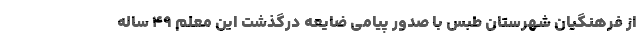
از فرهنگیان شهرستان طبس با صدور پیامی ضایعه درگذشت این معلم ۴۹ ساله